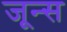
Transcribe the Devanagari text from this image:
जून्स